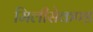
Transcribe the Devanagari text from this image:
मिलीसेकण्ड